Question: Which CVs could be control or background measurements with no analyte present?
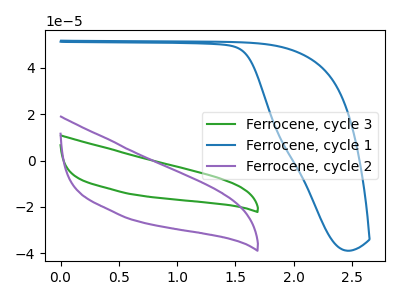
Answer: <think>The green curve "Ferrocene, cycle 3" has no peaks. The blue curve "Ferrocene, cycle 1" has no peaks. The purple curve "Ferrocene, cycle 2" has no peaks.</think>
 <answer>"Ferrocene, cycle 3", "Ferrocene, cycle 1" and "Ferrocene, cycle 2" are likely to be blanks.</answer>
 <eval>"Ferrocene, cycle 3", "Ferrocene, cycle 1", "Ferrocene, cycle 2"</eval>